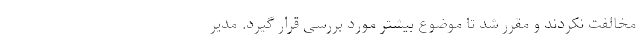
مخالفت نکردند و مقرر شد تا موضوع بیشتر مورد بررسی قرار گیرد. مدیر